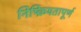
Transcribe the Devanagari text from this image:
निष्क्रियतापूर्ण